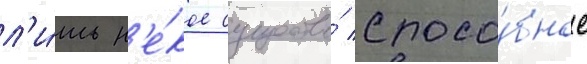
л'и́шь н'е́кое существо́ спосо́бное